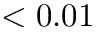
< 0 . 0 1